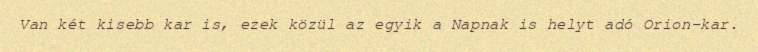
Van két kisebb kar is, ezek közül az egyik a Napnak is helyt adó Orion-kar.